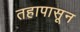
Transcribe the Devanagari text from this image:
तहापासून